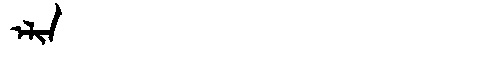
Manchu: ᡝᠯᡳᠨ
Romanization: ELIN